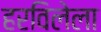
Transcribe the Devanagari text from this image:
हरविलेला